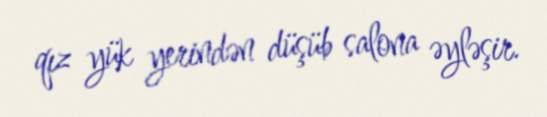
qız yük yerindən düşüb salona əyləşir.